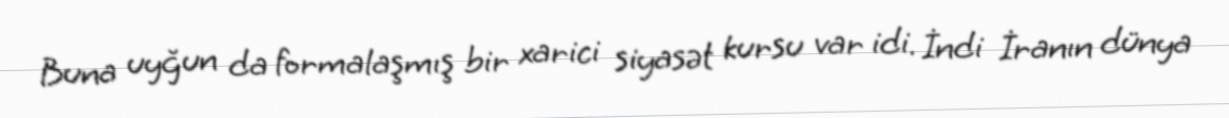
Buna uyğun da formalaşmış bir xarici siyasət kursu var idi. İndi İranın dünya